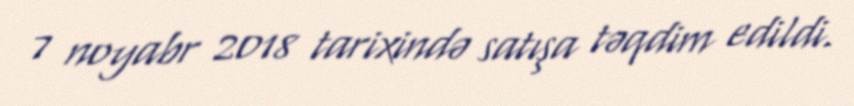
7 noyabr 2018 tarixində satışa təqdim edildi.